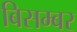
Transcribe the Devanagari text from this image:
बिसम्बर